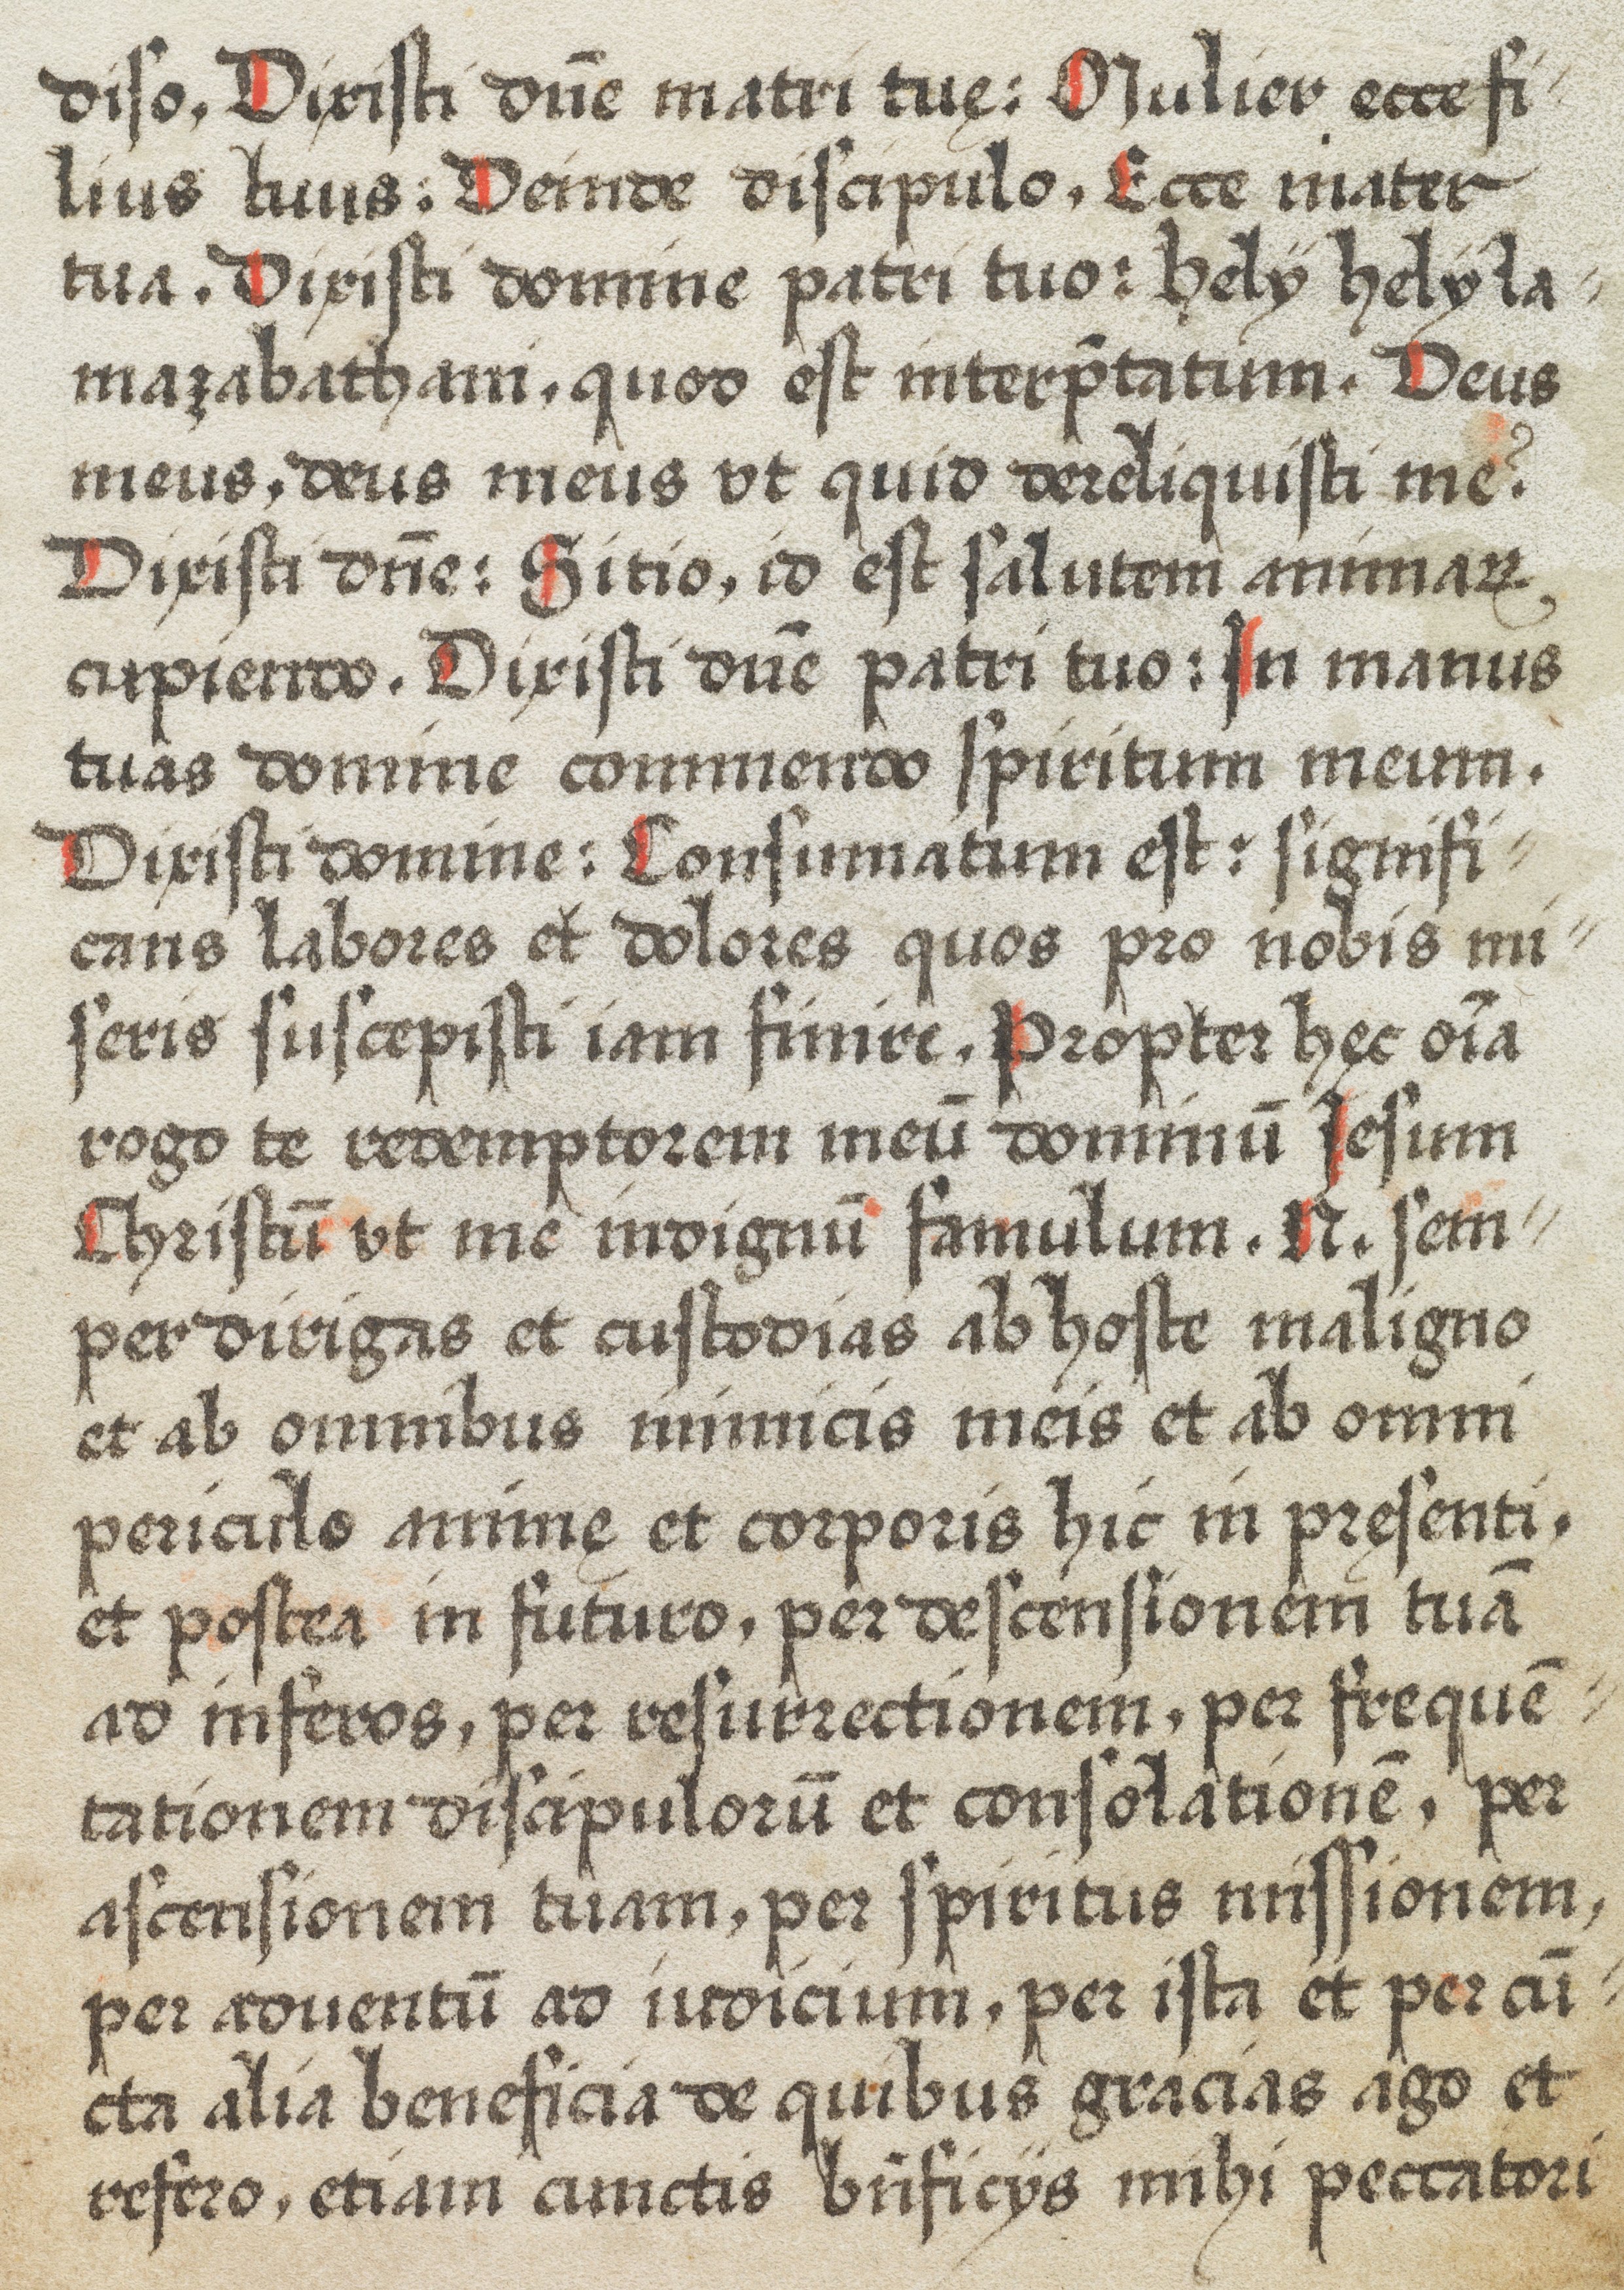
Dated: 1574–1574